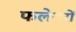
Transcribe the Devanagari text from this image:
फलेयरों